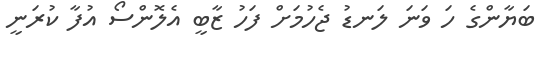
ބަޔާންގެ ހަ ވަނަ ލަނޑު ޖެހުމަށް ފަހު ޒާބީ އެލޮންސޯ އުފާ ކުރަނީ